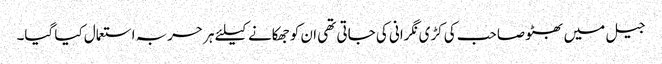
جیل میں بھٹو صاحب کی کڑی نگرانی کی جاتی تھی ان کو جھکانے کیلئے ہر حربہ استعمال کیا گیا۔